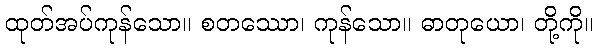
ထုတ်အပ်ကုန်သော။ စတဿော၊ ကုန်သော။ ဓာတုယော၊ တို့ကို။